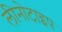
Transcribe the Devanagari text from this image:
लीनोटाइप